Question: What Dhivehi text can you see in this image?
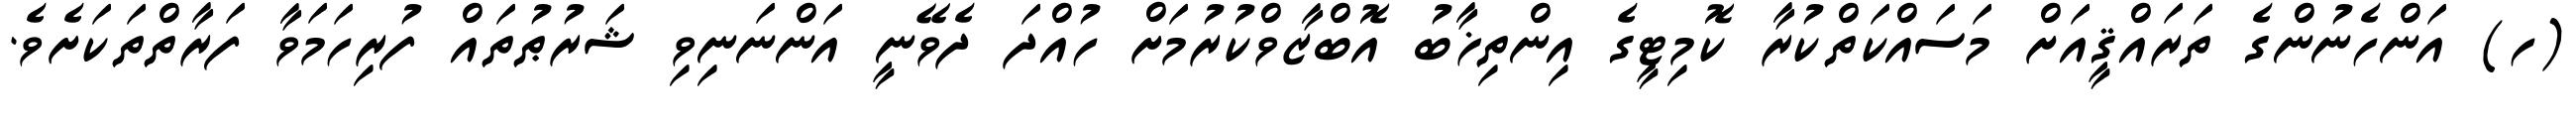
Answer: (ހ) އަންހެނުންގެ ތަރައްޤީއަށް މަސައްކަތްކުރާ ކޮމިޓީގެ އިންތިޚާބު އޮބްޒާވްކުރުމަށް ހުއްދަ ދެވޭނީ އަންނަނިވި ޝަރުޠުތައް ފުރިހަމަވާ ފަރާތްތަކަށެވެ.